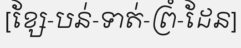
[ខ្សែ-បន់-ទាត់-ព្រំ-ដែន]